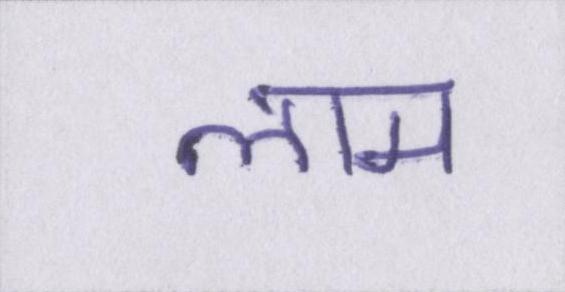
लाम